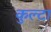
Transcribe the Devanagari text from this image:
कुल्टा